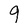
Character: 9